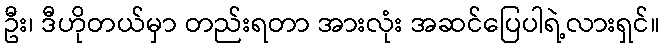
ဦး၊ ဒီဟိုတယ်မှာ တည်းရတာ အားလုံး အဆင်ပြေပါရဲ့လားရှင်။